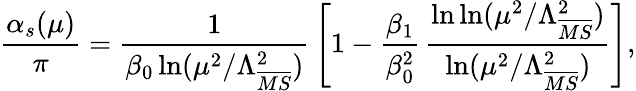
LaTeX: {\frac{\alpha_{s}(\mu)}{\pi}}={\frac{1}{\beta_{0}\ln(\mu^{2}/\Lambda_{\overline{{{MS}}}}^{2})}}\left[1-{\frac{\beta_{1}}{\beta_{0}^{2}}}\, {\frac{\ln\ln(\mu^{2}/\Lambda_{\overline{{{MS}}}}^{2})}{\ln(\mu^{2}/\Lambda_{\overline{{{MS}}}}^{2})}}\right],